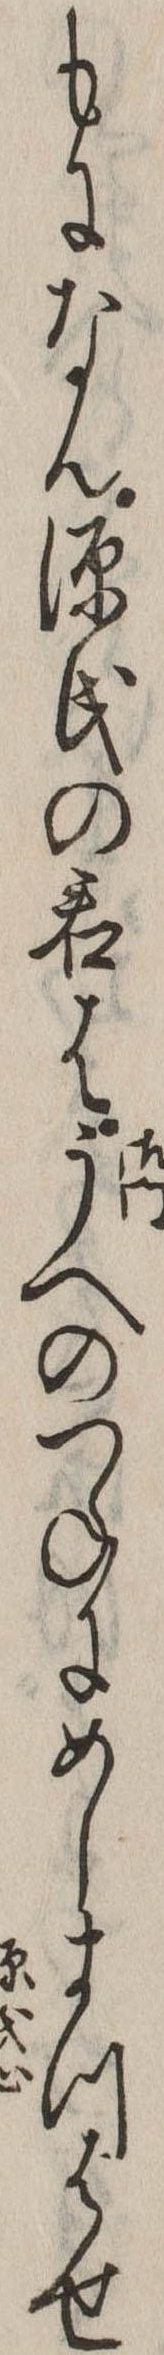
もになん源氏の君はうへのつねにめしまつはせ